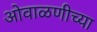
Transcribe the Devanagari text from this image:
ओवाळणीच्या